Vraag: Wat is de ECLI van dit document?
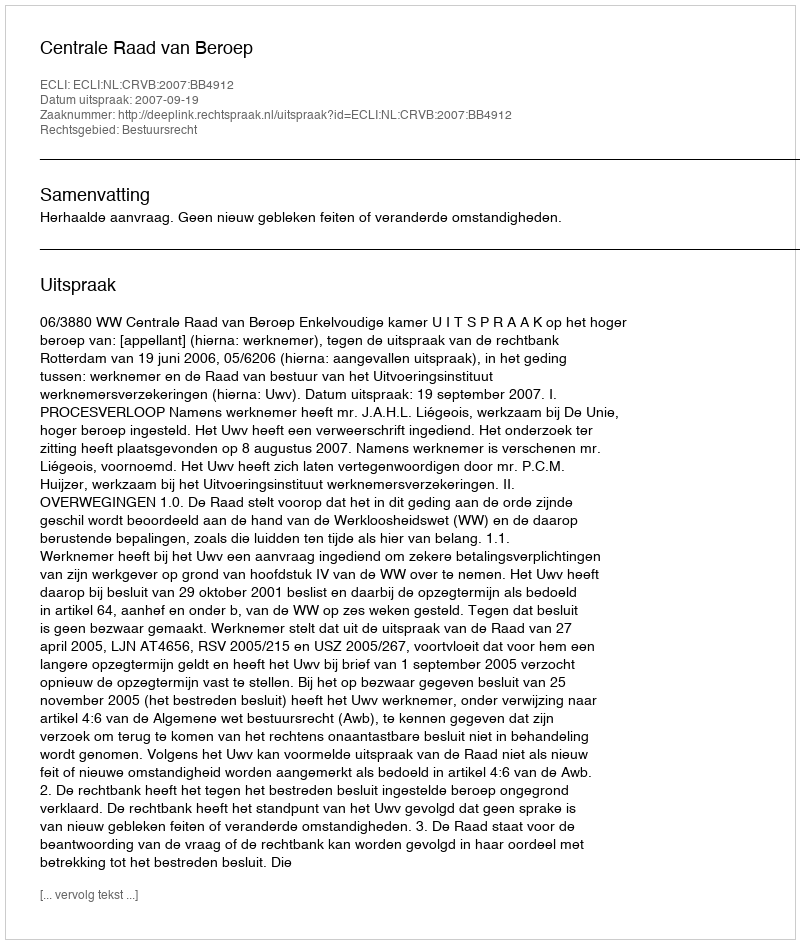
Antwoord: ECLI:NL:CRVB:2007:BB4912